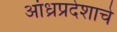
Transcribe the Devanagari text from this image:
आंध्रप्रदेशाचे